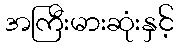
အကြီးမားဆုံးနှင့်